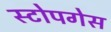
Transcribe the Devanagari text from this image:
स्टोपगेस